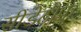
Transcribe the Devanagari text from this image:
सीडेंटौफ़